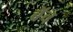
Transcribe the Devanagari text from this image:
बॅच